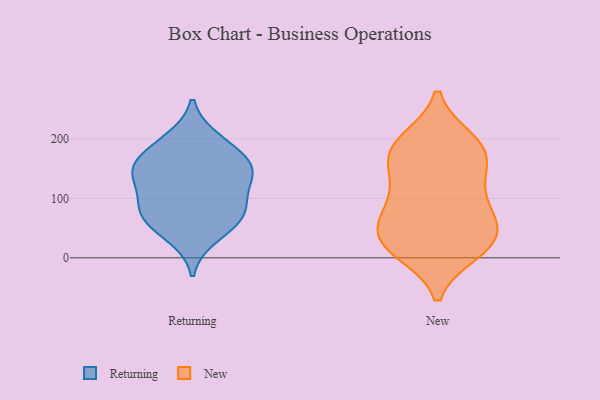
{"axis": {"x": "Satisfaction Score", "y": "Value"}, "legend": ["New", "Returning"], "data": [{"x": "", "y": 58, "type": "Returning"}, {"x": "", "y": 79, "type": "Returning"}, {"x": "", "y": 200, "type": "Returning"}, {"x": "", "y": 77, "type": "Returning"}, {"x": "", "y": 75, "type": "Returning"}, {"x": "", "y": 35, "type": "Returning"}, {"x": "", "y": 157, "type": "Returning"}, {"x": "", "y": 189, "type": "Returning"}, {"x": "", "y": 133, "type": "Returning"}, {"x": "", "y": 148, "type": "Returning"}, {"x": "", "y": 158, "type": "Returning"}, {"x": "", "y": 141, "type": "Returning"}, {"x": "", "y": 107, "type": "Returning"}, {"x": "", "y": 169, "type": "New"}, {"x": "", "y": 176, "type": "New"}, {"x": "", "y": 153, "type": "New"}, {"x": "", "y": 95, "type": "New"}, {"x": "", "y": 66, "type": "New"}, {"x": "", "y": 198, "type": "New"}, {"x": "", "y": 24, "type": "New"}, {"x": "", "y": 13, "type": "New"}, {"x": "", "y": 85, "type": "New"}, {"x": "", "y": 47, "type": "New"}, {"x": "", "y": 140, "type": "New"}, {"x": "", "y": 190, "type": "New"}, {"x": "", "y": 48, "type": "New"}, {"x": "", "y": 111, "type": "New"}, {"x": "", "y": 17, "type": "New"}, {"x": "", "y": 10, "type": "New"}, {"x": "", "y": 43, "type": "New"}, {"x": "", "y": 195, "type": "New"}]}